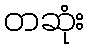
တဆုံး